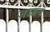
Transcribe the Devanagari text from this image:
जज्जाचे